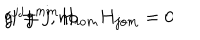
g ^ { j j } g ^ { m m } H _ { i o m } H _ { j o m } = 0 \hspace { 0 . 5 c m } ( i \neq j , \mathrm { n o } \hspace { 0 . 2 c m }